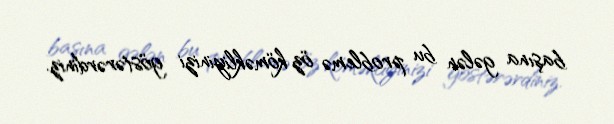
başına gələn bu problemə öz köməkliyinizi göstərərdiniz.